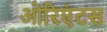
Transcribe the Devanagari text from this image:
ओरिएंटस